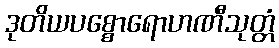
ဒုတိယပစ္စောရောဟဏီသုတ္တံ